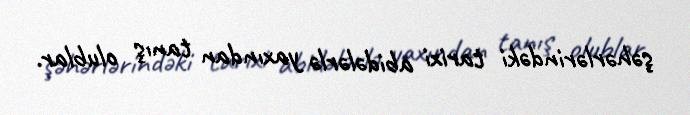
şəhərlərindəki tarixi abidələrlə yaxından tanış olublar.